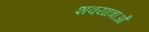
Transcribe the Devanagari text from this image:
शवयात्राओँ